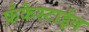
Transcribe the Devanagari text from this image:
फ्रँकेस्टाईन